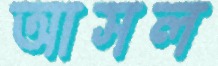
আসল